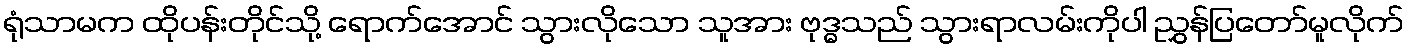
ရုံသာမက ထိုပန်းတိုင်သို့ ရောက်အောင် သွားလိုသော သူအား ဗုဒ္ဓသည် သွားရာလမ်းကိုပါ ညွှန်ပြတော်မူလိုက်